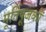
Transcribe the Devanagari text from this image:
मूर्तिपूजकों